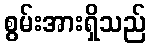
စွမ်းအားရှိသည်